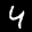
Digit: 4